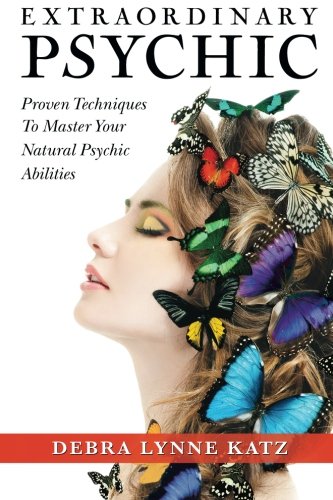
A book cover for Extraordinary Psychic: Proven Techniques to Master Your Natural Psychic Abilities; Debra Lynne Katz; Religion & Spirituality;